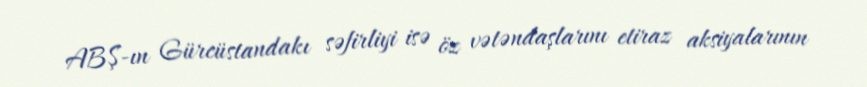
ABŞ-ın Gürcüstandakı səfirliyi isə öz vətəndaşlarını etiraz aksiyalarının